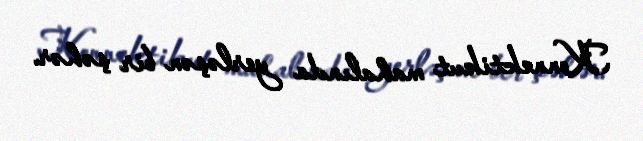
Konnektikut mahalında yerləşən bir şəhər.